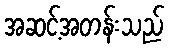
အဆင့်အတန်းသည်